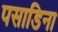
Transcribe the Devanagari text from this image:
पसाडिना